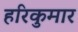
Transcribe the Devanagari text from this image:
हरिकुमार